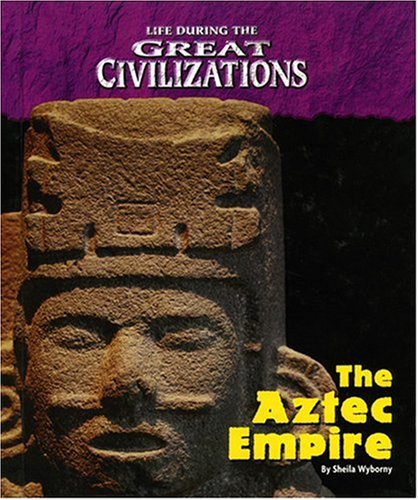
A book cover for Life During the Great Civilizations - Aztec; Sheila Wyborny; Children's Books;